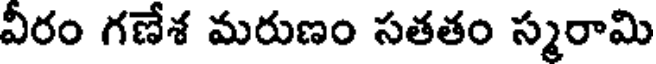
వీరం గణేశ మరుణం సతతం స్మరామి